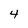
Character: 4